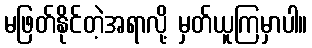
မဖြတ်နိုင်တဲ့အရာလို့ မှတ်ယူကြမှာပါ။